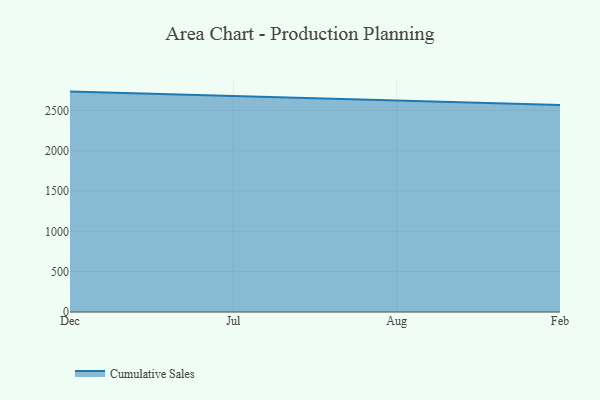
{"axis": {"x": "Month", "y": "Inventory Turnover"}, "legend": ["Cumulative Sales"], "data": [{"x": "Dec", "y": 2733.7, "type": "Cumulative Sales"}, {"x": "Jul", "y": 2677.0, "type": "Cumulative Sales"}, {"x": "Aug", "y": 2616.9, "type": "Cumulative Sales"}, {"x": "Feb", "y": 2568.1, "type": "Cumulative Sales"}]}